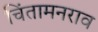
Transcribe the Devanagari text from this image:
चिंतामनराव